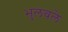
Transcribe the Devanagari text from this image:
भुलवले